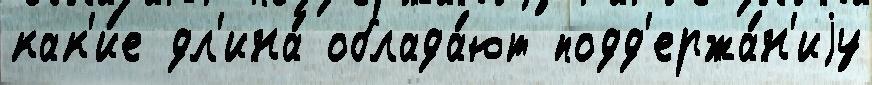
как'и́е дл'ина́ облада́ют подд'ержа́н'иjу